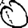
Digit: 0